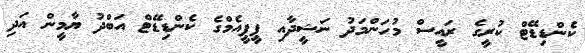
ކެންޑިޑޭޓް ކުރީގެ ރައީސް މުހަންމަދު ނަޝީދާއި ޕީޕީއެމްގެ ކެންޑިޑޭޓް އަބްދު ޔާމީން އަދި